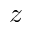
z